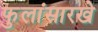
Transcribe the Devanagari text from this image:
फुलांसारखे